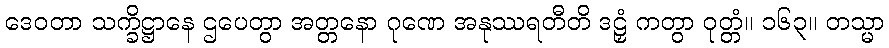
ဒေဝတာ သက္ခိဋ္ဌာနေ ဌပေတွာ အတ္တနော ဂုဏေ အနုဿရတီတိ ဒဠှံ ကတွာ ဝုတ္တံ။ ၁၆၃။ တသ္မာ